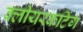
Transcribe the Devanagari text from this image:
क्लीयरकटिंग